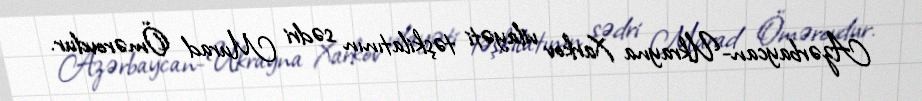
Azərbaycan-Ukrayna Xarkov vilayəti təşkilatının sədri Murad Ömərovdur.